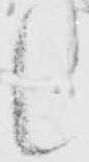
候